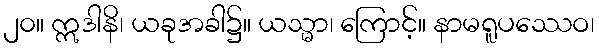
၂၀။ ဣဒါနိ၊ ယခုအခါ၌။ ယသ္မာ၊ ကြောင့်။ နာမရူပဿေဝ၊